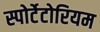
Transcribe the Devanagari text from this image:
स्पोर्टेटोरियम